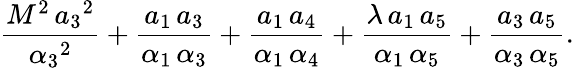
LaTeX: \frac{M^{2}\, {{a_{3}}}^{2}}{{{{\alpha}_{3}}}^{2}}+\frac{{a_{1}}\, {a_{3}}}{{{\alpha}_{1}}\, {{\alpha}_{3}}}+\frac{{a_{1}}\, {a_{4}}}{{{\alpha}_{1}}\, {{\alpha}_{4}}}+\frac{\lambda\, {a_{1}}\, {a_{5}}}{{{\alpha}_{1}}\, {{\alpha}_{5}}}+\frac{{a_{3}}\, {a_{5}}}{{{\alpha}_{3}}\, {{\alpha}_{5}}}.